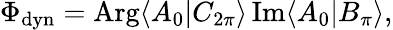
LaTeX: \Phi_{\mathrm{dyn}}=\mathrm{Arg}\langle A_{0}|C_{2\pi}\rangle\, \mathrm{Im}\langle A_{0}|B_{\pi}\rangle,